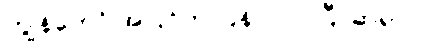
ကျွန်တော် အပြင်က ပြန်လာပါပြီ၊ ဆရာ။